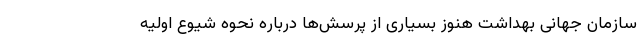
سازمان جهانی بهداشت هنوز بسیاری از پرسش‌ها درباره نحوه شیوع اولیه